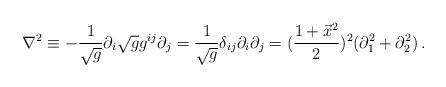
LaTeX: \begin{align*}\nabla^2 \equiv - {1\over \sqrt g}\partial_i\sqrt g g^{ij} \partial_j={1\over \sqrt g} \delta_{ij} \partial_i\partial_j=({1 + \vec x^2 \over 2})^2(\partial_1^2 + \partial_2^2)\,.\end{align*}